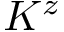
K ^ { z }